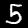
Digit: 5